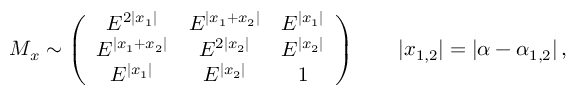
M _ { x } \sim \left( \begin{array} { c c c } { { { \cal E } ^ { 2 | x _ { 1 } | } } } & { { { \cal E } ^ { | x _ { 1 } + x _ { 2 } | } } } & { { { \cal E } ^ { | x _ { 1 } | } } } \\ { { { \cal E } ^ { | x _ { 1 } + x _ { 2 } | } } } & { { { \cal E } ^ { 2 | x _ { 2 } | } } } & { { { \cal E } ^ { | x _ { 2 } | } } } \\ { { { \cal E } ^ { | x _ { 1 } | } } } & { { { \cal E } ^ { | x _ { 2 } | } } } & { { 1 } } \end{array} \right) \qquad | x _ { 1 , 2 } | = | \alpha - \alpha _ { 1 , 2 } | \, ,